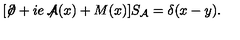
[ \not \! \partial + i e \not \! \! { \mathcal A } ( x ) + M ( x ) ] S _ { { \mathcal A } } = \delta ( x - y ) .